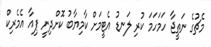
މެޗުގެ ނަތީޖާ ހަމަހަމަ ކުރި ލަނޑު އެޓީމަށް ކާމިޔާބު ކޮށްދިނީ ޕިއާ އެމެރިކް